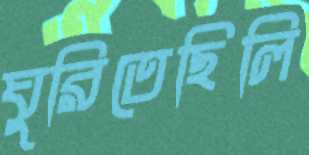
ঘুরিতেছিলি